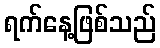
ရက်နေ့ဖြစ်သည်